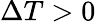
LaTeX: \Delta T>0